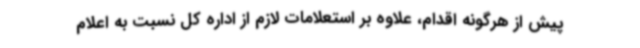
پیش از هرگونه اقدام، علاوه بر استعلامات لازم از اداره کل نسبت به اعلام